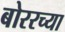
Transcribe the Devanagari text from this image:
बोररच्या